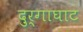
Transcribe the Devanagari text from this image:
दुर्गाघाट